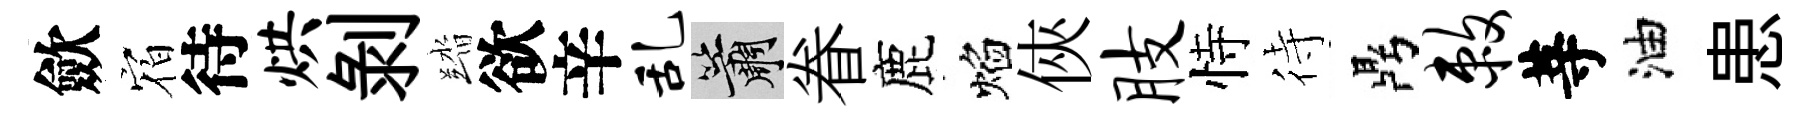
歛𪧐待烘剝踏欲辛乱簫眷鹿焰俠肢恃待鼎敕䓁油患